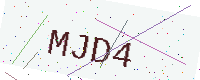
Text: MJD4